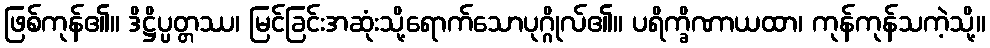
ဖြစ်ကုန်၏။ ဒိဋ္ဌိပ္ပတ္တဿ၊ မြင်ခြင်းအဆုံးသို့ရောက်သောပုဂ္ဂိုလ်၏။ ပရိက္ခိဏာယထာ၊ ကုန်ကုန်သကဲ့သို့။